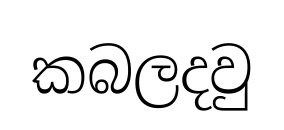
කබලදවු